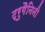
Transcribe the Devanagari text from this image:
ट्रुगैनिनी